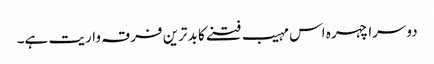
دوسرا چہرہ اس مہیب فتنے کا بدترین فرقہ واریت ہے۔